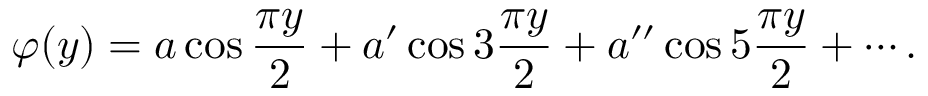
\varphi ( y ) = a \cos { \frac { \pi y } { 2 } } + a ^ { \prime } \cos 3 { \frac { \pi y } { 2 } } + a ^ { \prime \prime } \cos 5 { \frac { \pi y } { 2 } } + \cdots .